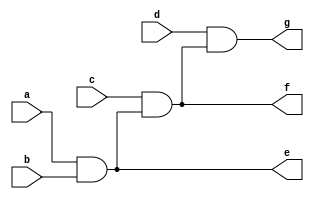
`timescale 1ns / 1ps
//////////////////////////////////////////////////////////////////////////////////
// Company: 
// Engineer: 
// 
// Design Name: 
// Module Name: _andthree
// Project Name: 
// Target Devices: 
// Tool Versions: 
// Description: 
// 
// Dependencies: 
// 
// Revision:
// Revision 0.01 - File Created
// Additional Comments:
// 
//////////////////////////////////////////////////////////////////////////////////


module _andthree(
    input a,b,c,d,
    output e,f,g
    );
    assign e=a&b;
    assign f=c&e;
    assign g=d&f;
endmodule